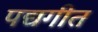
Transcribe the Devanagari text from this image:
पद्यगीत